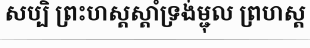
សប្បិ ព្រះហស្តស្តាំទ្រង់ម្ជុល ព្រហស្ត